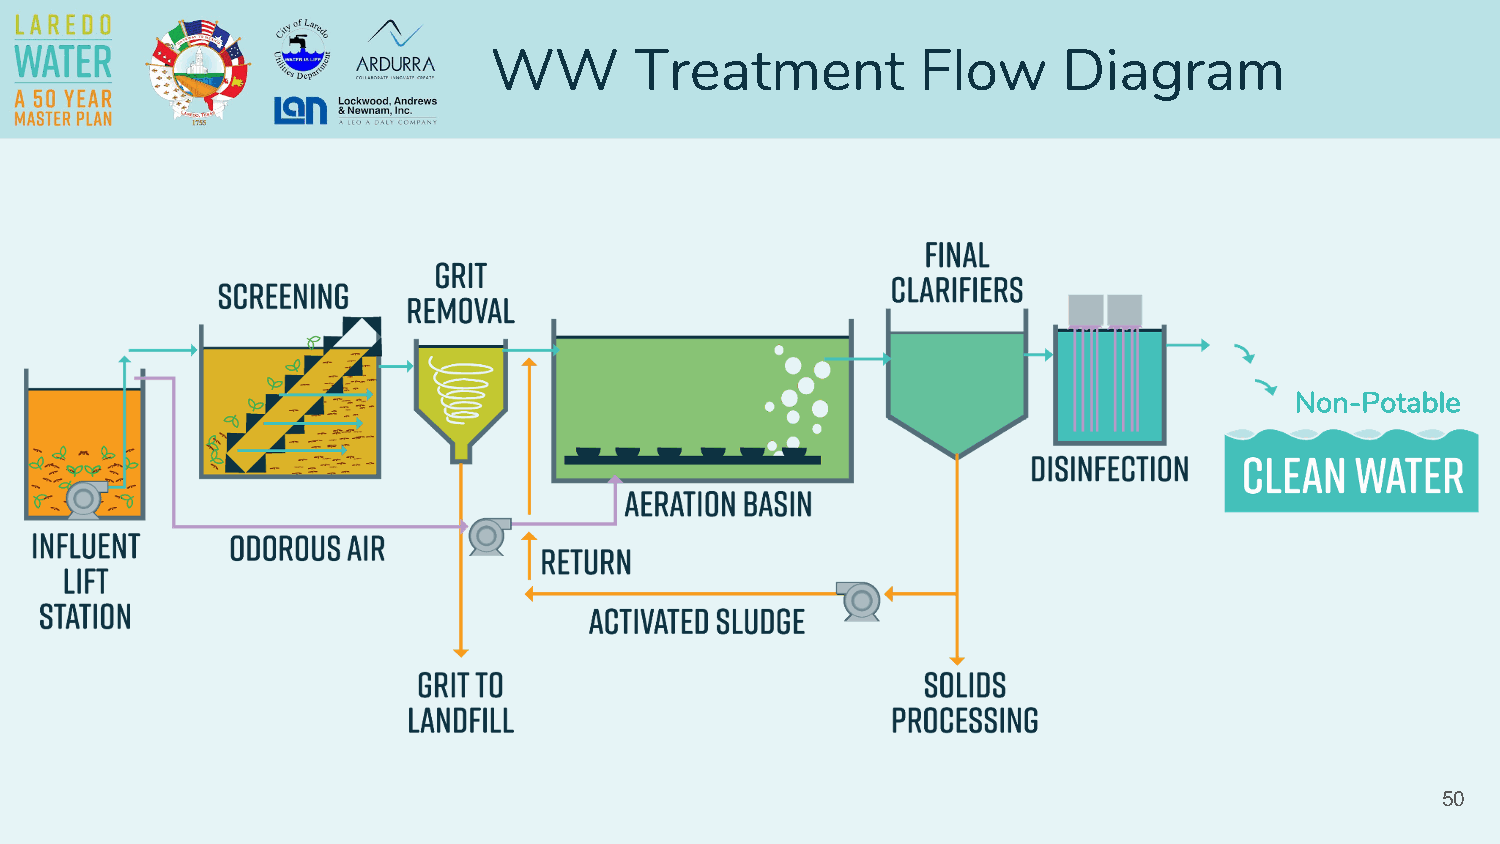
WW        Treatment          Flow     Diagram
 Non-Potable
 50